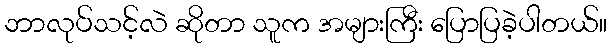
ဘာလုပ်သင့်လဲ ဆိုတာ သူက အများကြီး ပြောပြခဲ့ပါတယ်။